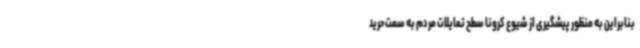
بنابراین به منظور پیشگیری از شیوع کرونا سطح تمایلات مردم به سمت حرید